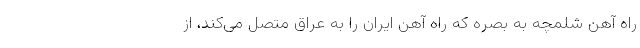
راه آهن شلمچه به بصره که راه آهن ایران را به عراق متصل می‌کند، از